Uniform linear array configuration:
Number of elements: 4
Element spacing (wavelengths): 0.25
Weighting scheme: hamming
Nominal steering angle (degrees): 60
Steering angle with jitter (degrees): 61.05
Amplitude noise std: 0.05
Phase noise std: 0.05

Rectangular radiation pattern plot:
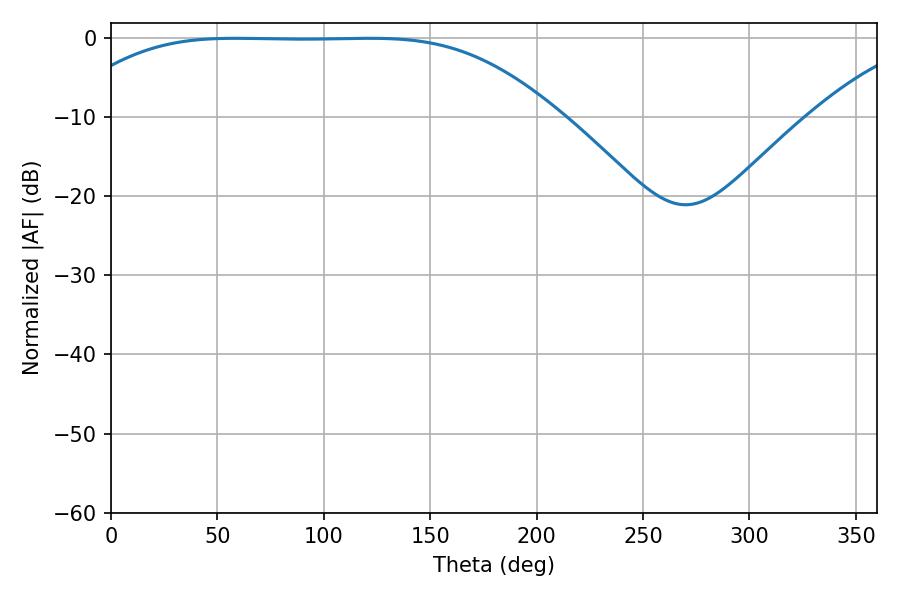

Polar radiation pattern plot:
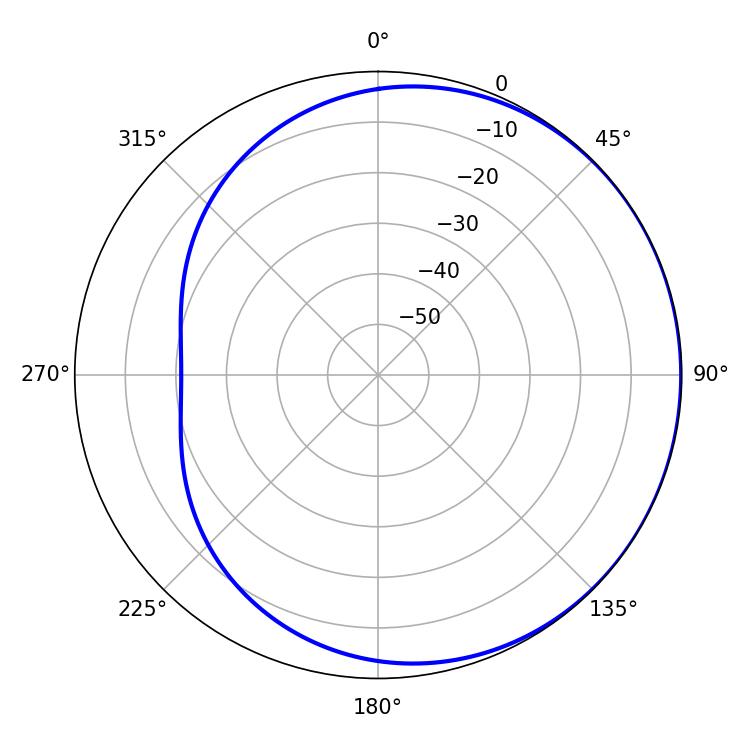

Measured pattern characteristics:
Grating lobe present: FALSE
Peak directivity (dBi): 0.4972
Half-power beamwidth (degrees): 173.52
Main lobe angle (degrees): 58.32